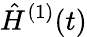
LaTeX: \hat{H}^{(1)}(t)